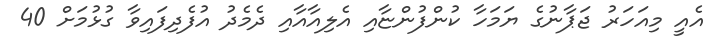
އެއީ މިއަހަރު ޖަޕާނުގެ ޔަމަހާ ކުންފުންޏާއި އެލިއާއާއި ދެމެދު އުފެދިފައިވާ ގުޅުމަށް 40